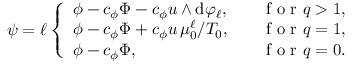
\psi = \ell \left\{ \begin{array} { l l } { \phi - c _ { \phi } \Phi - c _ { \phi } u \wedge \mathrm { d } \varphi _ { \ell } , } & { \quad \mathrm { ~ f ~ o ~ r ~ } q > 1 , } \\ { \phi - c _ { \phi } \Phi + c _ { \phi } u \, \mu _ { 0 } ^ { \ell } / T _ { 0 } , } & { \quad \mathrm { ~ f ~ o ~ r ~ } q = 1 , } \\ { \phi - c _ { \phi } \Phi , } & { \quad \mathrm { ~ f ~ o ~ r ~ } q = 0 . } \end{array} \right.